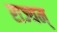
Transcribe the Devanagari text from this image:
राज्यम्